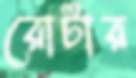
রোটার